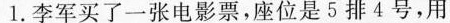
1.李军买了一张电影票，座位是5排4号，用